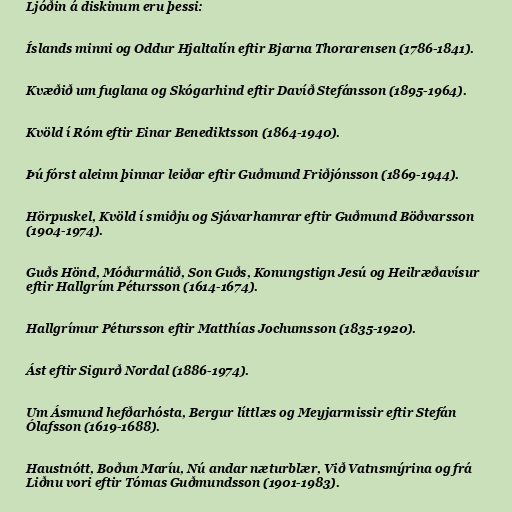
Ljóðin á diskinum eru þessi:

Íslands minni og Oddur Hjaltalín eftir Bjarna Thorarensen (1786-1841).

Kvæðið um fuglana og Skógarhind eftir Davíð Stefánsson (1895-1964).

Kvöld í Róm eftir Einar Benediktsson (1864-1940).

Þú fórst aleinn þinnar leiðar eftir Guðmund Friðjónsson (1869-1944).

Hörpuskel, Kvöld í smiðju og Sjávarhamrar eftir Guðmund Böðvarsson
(1904-1974).

Guðs Hönd, Móðurmálið, Son Guðs, Konungstign Jesú og Heilræðavísur
eftir Hallgrím Pétursson (1614-1674).

Hallgrímur Pétursson eftir Matthías Jochumsson (1835-1920).

Ást eftir Sigurð Nordal (1886-1974).

Um Ásmund hefðarhósta, Bergur líttlæs og Meyjarmissir eftir Stefán
Ólafsson (1619-1688).

Haustnótt, Boðun Maríu, Nú andar næturblær, Við Vatnsmýrina og frá
Liðnu vori eftir Tómas Guðmundsson (1901-1983).